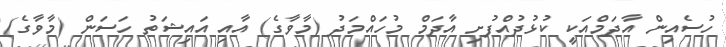
ހުސެއިން އާދަމްއަކީ ކުޅުދުއްފުށި އާދަމް މުހައްމަދު (މާވާގެ) އާއި އައިޝަތު ހަސަން (މާވާގެ)